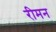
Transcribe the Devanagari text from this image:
रीमन